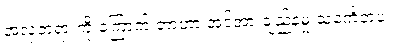
အလှတရားကို ကြောက် တာဟာ အင်အားချည့်နဲ့မှု သင်္ကေတပဲ။